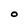
Character: O